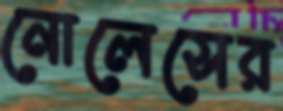
নোলেসের